Report of the Indian Hemp Drugs Commission, 1894-1895 - Volume V
Year: 1894
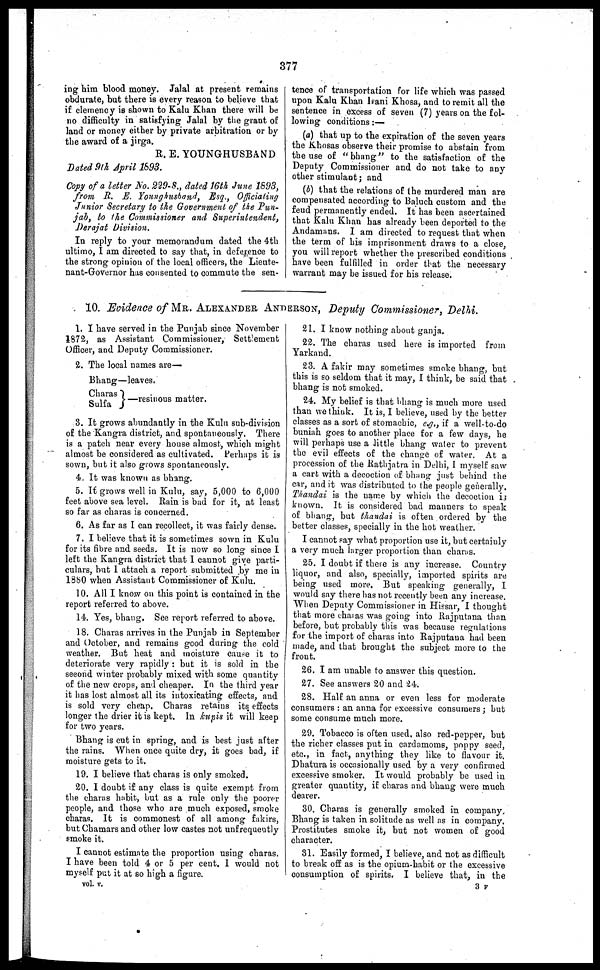
S7?
ing him blood money. Jalal at present remains
obdurate, but there is every reason to believe that
if clemency is shown to Kalu Khan there will he
no difficulty in satisfying Jalal by the grant of
land or money either by private arbitration or by
the award of a jirga.
R. E. YOUNGHUSBAND
Dated 9th April 1893.
Copy of a letter No. 229-8., dated 16th June 1893,
from R. E. Younghusband,
Esq., Officiating
Junior Secretary to the Government of the Pun-
jab, to the Commissioner and
Superintendent,
Derajat
Division.
In reply to your memorandum dated the 4th
ultimo, I am directed to say that, in deference to
the strong opinion of the local officers, the Lieute-
nant-Governor has consented to commute the sen-
tence of transportation for life which was passed
upon Kalu Khan Isani Khosa, and to remit all the
sentence in excess of seven (7) years on the fol-
lowing conditions :—
(a) that up to the expiration of the seven years
the Khosas observe their promise to abstain from
the use of "bhang" to the satisfaction of the
Deputy Commissioner and do not take to any
other stimulant ; and
(b) that the relations of the murdered man are
compensated according to Baluch custom and the
feud permanently ended. It has been ascertained
that Kalu Khan has already been deported to the
Andamans. I am directed to request that when
the term of his imprisonment draws to a close,
on will report whether the prescribed conditions
have been fulfilled in order that the necessary
warrant may be issued for his release.
10. Evidence of MR. ALEXANDER ANDERSON, Deputy Commissioner, Delhi.
1. I have served in the Punjab since November
1872, as Assistant Commissioner, Settlement
Officer, and Deputy Commissioner.
2. The local names are—
Bhang—leaves.
Charas
Sulfa
—resinous matter.
3. It grows abundantly in the Kuln sub-division
of the Kangra district, and spontaneonsly. There
is a patch near every house almost, which might
almost be considered as cultivated. Perhaps it is
sown, but it also grows spontaneously.
4. It was known as bhang.
5. It grows well in Kulu, say, 5,000 to 6,000
feet above sea level. Rain is bad for it, at least
so far as charas is concerned.
6. As fur as I can recollect, it was fairly dense.
7. I believe that it is sometimes sown in Kulu
for its fibre and seeds. It is now so long since 1
left the Kangra district that 1 cannot give parti-
culars, but i attach a report submitted by me in
1880 when Assistant Commissioner of Kulu.
10. All I know on this point is contained in the
report referred to above.
14. Yes, bhang. See report referred to above.
18. Charas arrives in the Punjab in September
and October, and remains good during the cold
weather. But heat and moisture cause it to
deteriorate very rapidly : but it is sold in the
second winter probably mixed with some quantity
of the new crops, and cheaper. In the third year
it has lost almost all its intoxicating effects, and
is sold very cheap. Charas retains its effects
longer the drier it is kept. In kupis it will keep
for two years.
Bhang is cut in spring, and is best just after
the rains.
When once quite dry, it goes bad, if
moisture gets to it.
19. I believe that charas is only smoked.
20. 1 doubt if any class is quite exempt from
the charas habit, but as a rule only the poorer
people, and those who are much exposed, smoke
charas. It is commonest of ail among fakirs,
but Chamars and other low castes not unfrequently
smoke it.
I cannot estimate the proportion using charas.
I have been told 4 or 5 per cent. I would not
myself put it at so high a figure.
vol. v.
21. I know nothing about ganja,
22. The charas used here is imported from
Yarkand.
23. A fakir may sometimes smoke bhang, but
this is so seldom that it may, I think, be said that
bhang is not smoked.
24. My belief is that bhang is much more used
than we think. It is, I believe, used by the better
classes as a sort of stomachic, e.g., if a well-to-do
buniah goes to another place for a lew days, he
will perhaps use a little bhang water to prevent
the evil effects of the change of water. At a
procession of the Rathjatra in Delhi, I myself saw
a cart- with a decoction of bhang just behind the
car, and it was distributed to the people generally.
Thandai is the name by which the decoction is
known. It is considered bad manners to speak
of bhang, but 3thandai is often ordered by the
better classes, specially in the hot weather.
I cannot say what propertion use it, but certainly
a very much larger proportion than charas.
25. I doubt if there is any increase. Country
liquor, and also, specially, imported spirits are
being used more. But speaking generally, I
would say there has not recently been any increase.
When Deputy Commissioner in Hissar, I thought
that more charas was going into Rajputana than
before, but probably this was because regulations
for the import of charas into Rajputana had been
made, and that brought the subject more to the
front.
26. I am unable to answer this question.
27. See answers 20 and 24.
28. Half an anna or even less for moderate
consumers : an anna for excessive consumers ; but
some consume much more.
29. Tobacco is often used, also red-pepper, but
the richer classes put in cardamoms, poppy seed,
etc., in fact, anything they like to flavour it.
Dhatura is occasionally used by a very confirmed
excessive smoker. It would probably be used in
greater quantity, if charas and bhang were much
dearer.
30. Charas is generally smoked in company
Bhang is taken in solitude as well as in company.
Prostitutes smoke it, but not women of good
character.
31. Easily formed, I believe, and net. as difficult
to break off as is the opium-habit or the excessive
consumption of spirits. I believe that, in the
3 F